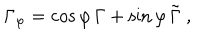
LaTeX: \Gamma _ { \varphi } = \cos \varphi \, \Gamma + \sin \varphi \, \tilde { \Gamma } \ ,